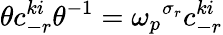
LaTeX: \theta c_{-r}^{ki}\theta^{-1}={\omega_{p}}^{\sigma_{r}}c_{-r}^{ki}